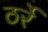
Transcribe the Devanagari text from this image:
ठर्रे